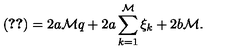
( \ref { w 1 A } ) = 2 a { \mathcal M } q + 2 a \sum _ { k = 1 } ^ { \mathcal M } \xi _ { k } + 2 b { \mathcal M } .